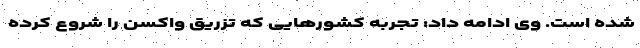
شده است. وی ادامه داد: تجربه کشورهایی که تزریق واکسن را شروع کرده